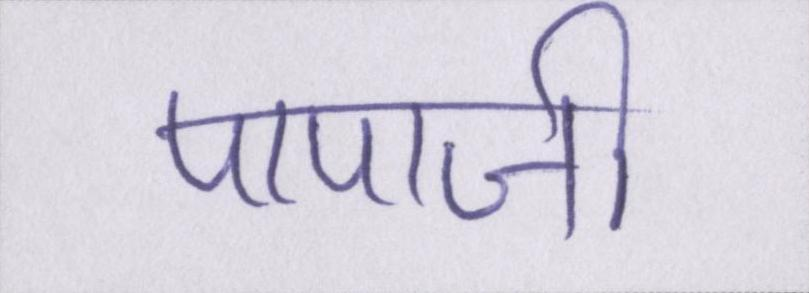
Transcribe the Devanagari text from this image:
पापाजी